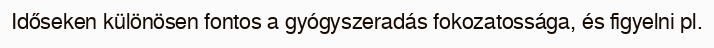
Időseken különösen fontos a gyógyszeradás fokozatossága, és figyelni pl.